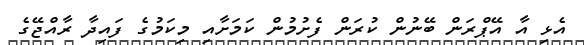
އެޅި އާ އޭޕްރަން ބޭނުން ކުރަން ފެށުމުން ކަމަށާއި މިކަމުގެ ފައިދާ ރާއްޖޭގެ